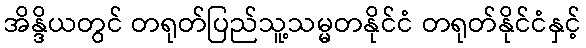
အိန္ဒိယတွင် တရုတ်ပြည်သူ့သမ္မတနိုင်ငံ တရုတ်နိုင်ငံနှင့်